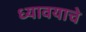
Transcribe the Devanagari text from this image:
ध्यावयाचे